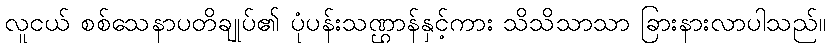
လူငယ် စစ်သေနာပတိချုပ်၏ ပုံပန်းသဏ္ဌာန်နှင့်ကား သိသိသာသာ ခြားနားလာပါသည်။